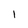
Character: I